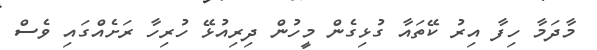
މާދަމާ ހިފާ އިރު ކޭތައާ ގުޅިގެން މީހުން ދިރިއުޅޭ ހުރިހާ ރަށެއްގައި ވެސް